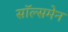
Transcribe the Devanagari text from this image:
सॉल्समेन